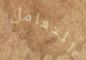
للتعامل